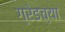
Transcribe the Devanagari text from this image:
ग्रेडच्या